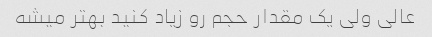
عالی ولی یک مقدار حجم رو زیاد کنید بهتر میشه